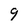
Character: 9